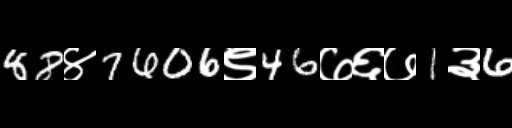
Text: 88४7606९46७६७1३6